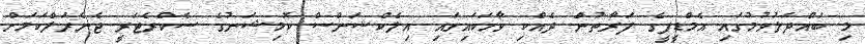
މި ބައްދަލުވުމުގައި އެމްޑީޕީގެ ފަރާތުން ދެއްކި ވާހަކައިގައި އިލެކްޝަންސް ކޮމިޝަނުގެ ސެކްރެޓަރީ ޖެނެރަލްކަމަށް